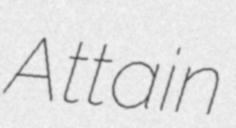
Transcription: Attain